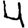
Digit: 4